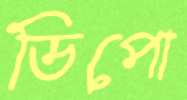
ডিপো